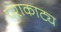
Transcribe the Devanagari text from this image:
पराकाट्य